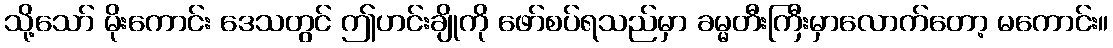
သို့သော် မိုးကောင်း ဒေသတွင် ဤဟင်းချိုကို ဖော်စပ်ရသည်မှာ ခမ္မတီးကြီးမှာလောက်တော့ မကောင်း။